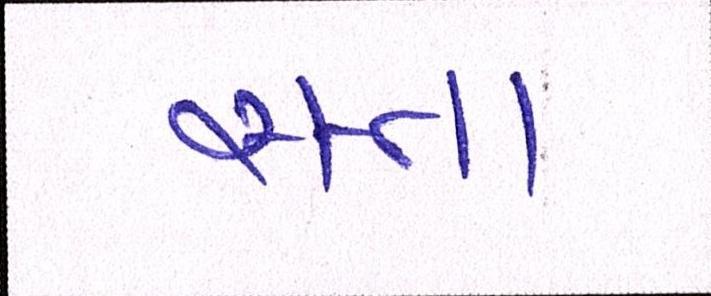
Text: સત્તા